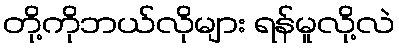
တို့ကိုဘယ်လိုများ ရန်မူလို့လဲ